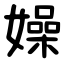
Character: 嬠